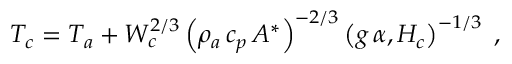
T _ { c } = T _ { a } + W _ { c } ^ { 2 / 3 } \left( \rho _ { a } \, c _ { p } \, A ^ { * } \right) ^ { - 2 / 3 } \left( g \, \alpha , H _ { c } \right) ^ { - 1 / 3 } \; ,